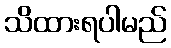
သိထားရပါမည်